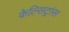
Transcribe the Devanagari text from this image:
केल्सिट्रांस